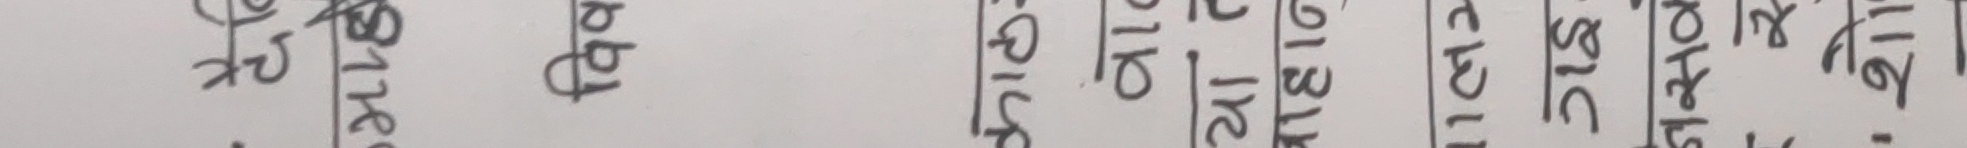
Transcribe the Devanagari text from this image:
राजेन्द्र माईस शिकार २१ घण्टा एक